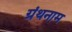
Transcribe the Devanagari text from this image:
ग्रंथनाम